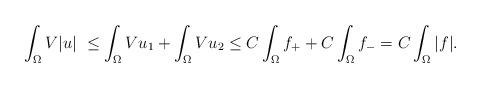
LaTeX: \begin{align*}\int_\Omega V|u| \le \int_ \Omega V u_1 + \int_ \Omega Vu_2 \le C \int_ \Omega f_+ + C \int_ \Omega f_- = C \int_ \Omega |f|.\end{align*}